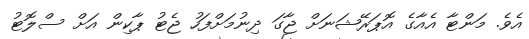
އެވެ. މަންޓާ އެއާގެ އޮޕަރޭޝަނަށް ޖާގަ ދިނުމަށްފަހު ޖެޓު ޕާކިން އަށް ސްލޮޓު